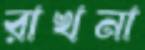
রাখনা